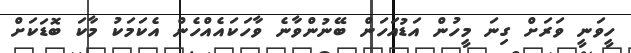
ހީވަނީ ވަރަށް ގިނަ މީހުން އަޑުއަހަން ބޭނުންވާނެ ވާހަކައެއްހެން އެކަމަކު މާކަ ބޮޑަކަށް